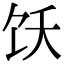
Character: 饫